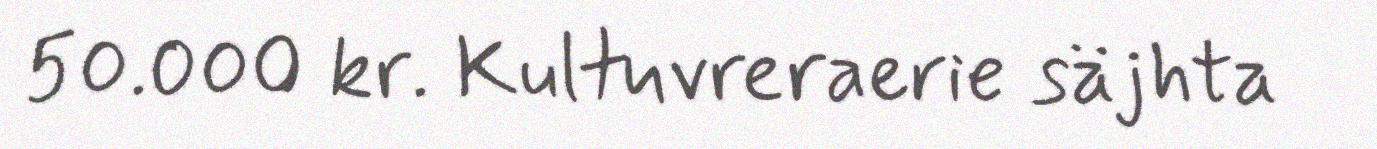
50.000 kr. Kultuvreraerie säjhta